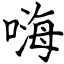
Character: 嗨